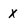
Character: X